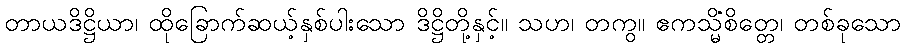
တာယဒိဋ္ဌိယာ၊ ထိုခြောက်ဆယ့်နှစ်ပါးသော ဒိဋ္ဌိတို့နှင့်။ သဟ၊ တကွ။ ဧကသ္မိံစိတ္တေ၊ တစ်ခုသော